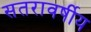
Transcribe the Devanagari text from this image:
सतरावर्षीय